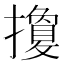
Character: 𢷳